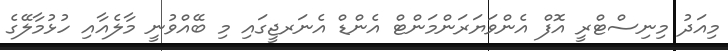
މިއަދު މިނިސްޓްރީ އޮފް އެންވަޔަރަންމަންޓް އެންޑް އެނަރޖީގައި މި ބޭއްވުނީ މާލެއާއި ހުޅުމާލޭގެ